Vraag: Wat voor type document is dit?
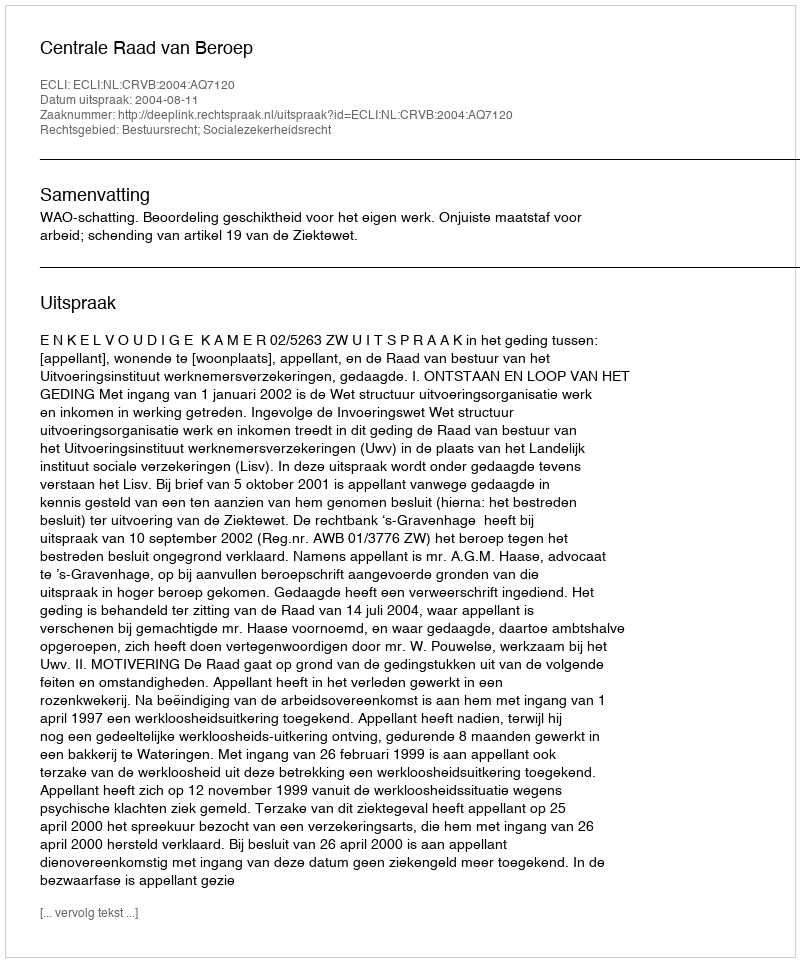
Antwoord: Uitspraak